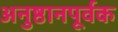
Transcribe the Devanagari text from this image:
अनुष्ठानपूर्वक